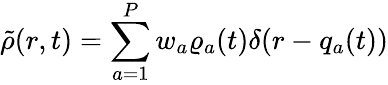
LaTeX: \tilde{\rho}(r,t)=\sum_{a=1}^{P}w_{a}\varrho_{a}(t)\delta(r-{q}_{a}(t))